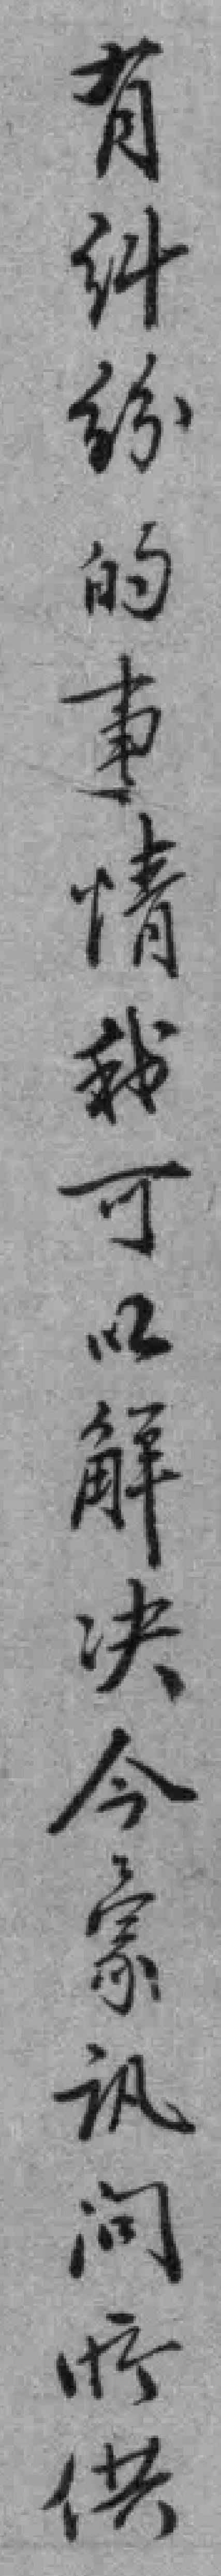
有纠纷的事情我可以觧决今蒙讯问所供